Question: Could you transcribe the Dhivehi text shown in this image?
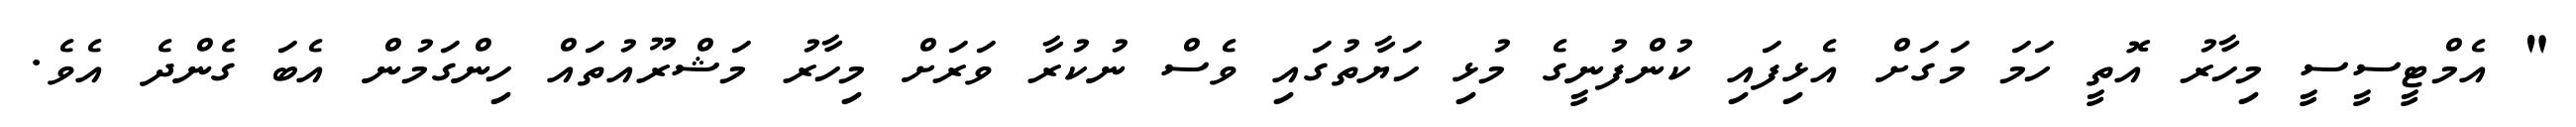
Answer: " އެމްޓީސީސީ މިހާރު އޮތީ ހަމަ މަގަށް އެޅިފައި ކުންފުނީގެ މުޅި ހަޔާތުގައި ވެސް ނުކުރާ ވަރަށް މިހާރު މަޝްރޫއުތައް ހިންގަމުން އެބަ ގެންދެ އެވެ.